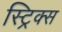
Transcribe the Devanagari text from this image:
स्ट्रिक्स